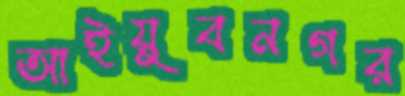
আইয়ুবনগর